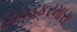
દાવડકરમારા